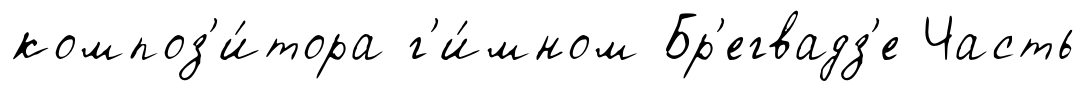
композ'и́тора г'и́мном Бр'егвадз'е Часть